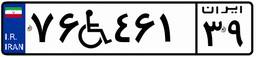
۷۶W۴۶۱۳۹